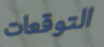
التوقعات